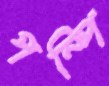
পম্পি